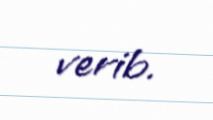
verib.